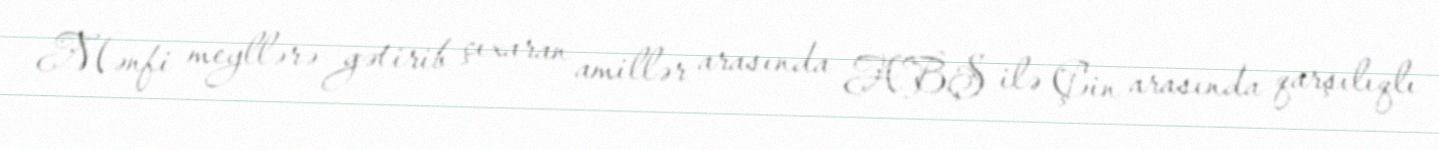
Mənfi meyllərə gətirib çıxaran amillər arasında ABŞ ilə Çin arasında qarşılıqlı